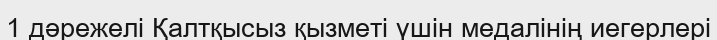
1 дәрежелі Қалтқысыз қызметі үшін медалінің иегерлері